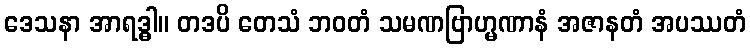
ဒေသနာ အာရဒ္ဓါ။ တဒပိ တေသံ ဘဝတံ သမဏဗြာဟ္မဏာနံ အဇာနတံ အပဿတံ